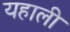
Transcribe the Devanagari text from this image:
यहाली